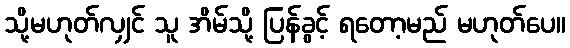
သို့မဟုတ်လျှင် သူ အိမ်သို့ ပြန်ခွင့် ရတော့မည် မဟုတ်ပေ။